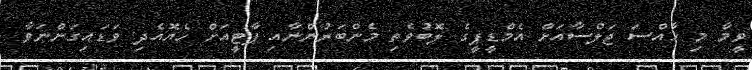
ވީމާ މި ޚާއްސަ ޖަލްސާއަށް އެމްޑީޕީގެ ލޮބުވެތި މެންބަރުންނާއި ޕާޓީއަށް ހެޔޮއެދި ވަޑައިގަންނަވާ